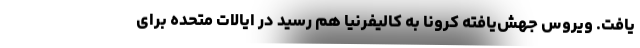
یافت. ویروس جهش‌یافته کرونا به کالیفرنیا هم رسید در ایالات متحده برای